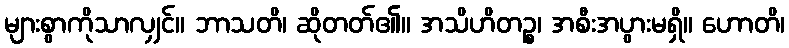
များစွာကိုသာလျှင်။ ဘာသတိ၊ ဆိုတတ်၏။ အသိဟိတဉ္စ၊ အစီးအပွားမရှိ။ ဟောတိ၊